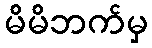
မိမိဘက်မှ